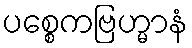
ပစ္စေကဗြဟ္မာနံ